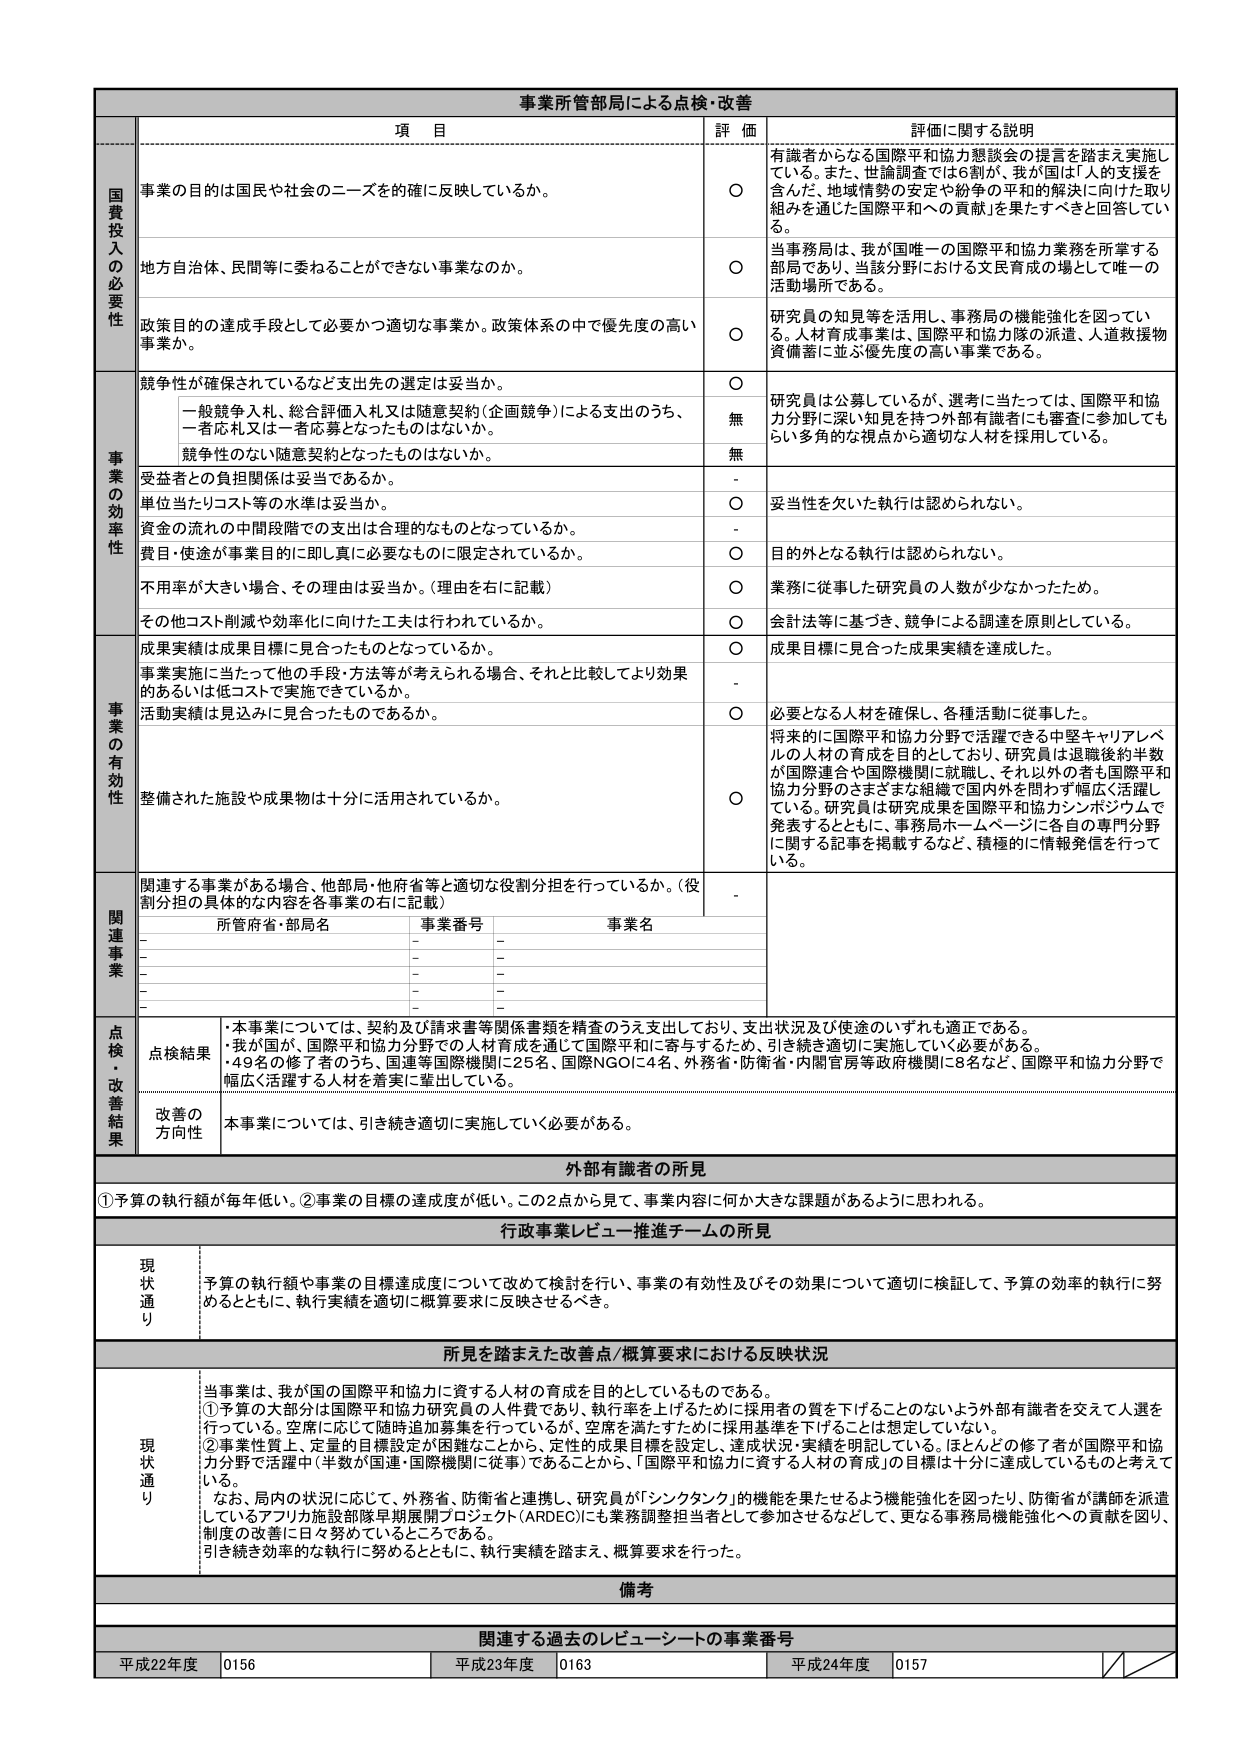
事業所管当局による点検・改善

項 目 評 価 評価に関する説明

国費投入の必要性
事業の目的は国民や社会のニーズを的確に反映しているか。
○ 有識者からなる国際平和協力懇談会の提言を踏まえ実施している。また、世論調査では6割が、我が国は「人の支援を含んだ、地域情勢の安定や紛争の平和的解決に向けた取り組みを通じた国際平和への貢献」を果たすべきと回答している。
地方自治体、民間等に委ねることができない事業なのか。
○ 当事務局は、我が国唯一の国際平和協力業務を所掌する部局であり、当該分野における文民育成の場として唯一の活動場所である。
政策目的の達成手段として必要かつ適切な事業か。政策体系の中で優先度の高い事業か。
○ 研究員の知見等を活用し、事務局の機能強化を図っている。人材育成事業は、国際平和協力隊の派遣、人道救援物資備蓄に並ぶ優先度の高い事業である。

事業の効率性
競争性が確保されているなど支出先の選定は妥当か。
○ 研究員は公募しているが、選考に当たっては、国際平和協力分野に深い知見を持つ外部有識者にも審査に参加してもらい多角的な視点から適切な人材を採用している。
一般競争入札、総合評価入札又は随意契約（企画競争）による支出のうち、一者応札又は一者応募となったものはないか。
無
競争性のない随意契約となったものはないか。
無
受益者との負担関係は妥当であるか。
-
単位当たりコスト等の水準は妥当か。
○ 妥当性を欠いた執行は認められない。
資金の流れの中間段階での支出は合理的なものとなっているか。
-
費目・使途が事業目的に即し真に必要なものに限定されているか。
○ 目的外となる執行は認められない。
不用率が大きい場合、その理由は妥当か。（理由を右に記載）
○ 業務に従事した研究員の人数が少なかったため。
その他コスト削減や効率化に向けた工夫は行われているか。
○ 会計法等に基づき、競争による調達を原則としている。

事業の有効性
成果実績は成果目標に見合ったものとなっているか。
○ 成果目標に見合った成果実績を達成した。
事業実施に当たって他の手段・方法等が考えられる場合、それと比較してより効果的あるいは低コストで実施できているか。
-
活動実績は見込みに見合ったものであるか。
○ 必要となる人材を確保し、各種活動に従事した。
整備された施設や成果物は十分に活用されているか。
○ 将来的に国際平和協力分野で活躍できる中堅キャリアレベルの人材の育成を目的としており、研究員は退職後約半数が国際連合や国際機関に就職し、それ以外の者も国際平和協力分野のさまざまな組織で国内外を問わず幅広く活躍している。研究員は研究成果を国際平和協力シンポジウムで発表するとともに、事務局ホームページに各自の専門分野に関する記事を掲載するなど、積極的に情報発信を行っている。

関連事業
関連する事業がある場合、他部局・他府省等と適切な役割分担を行っているか。（役割分担の具体的な内容を各事業の右に記載）
-
所管府省・部局名 事業番号 事業名
- - -
- - -
- - -
- - -
- - -

点検・改善結果
点検結果
・本事業については、契約及び請求書等関係書類を精査のうえ支出しており、支出状況及び使途のいずれも適正である。
・我が国が、国際平和協力分野での人材育成を通じて国際平和に寄与するため、引き続き適切に実施していく必要がある。
・49名の修了者のうち、国連等国際機関に25名、国際NGOに4名、外務省・防衛省・内閣官房等政府機関に8名など、国際平和協力分野で幅広く活躍する人材を着実に輩出している。
改善の方向性
本事業については、引き続き適切に実施していく必要がある。

外部有識者の所見
①予算の執行額が毎年低い。②事業の目標の達成度が低い。この2点から見て、事業内容に何か大きな課題があるように思われる。

行政事業レビュー推進チームの所見
現状通り
予算の執行額や事業の目標達成度について改めて検討を行い、事業の有効性及びその効果について適切に検証して、予算の効率的執行に努めるとともに、執行実績を適切に概算要求に反映させるべき。

所見を踏まえた改善点/概算要求における反映状況
現状通り
当事業は、我が国の国際平和協力に資する人材の育成を目的としているものである。
①予算の大部分は国際平和協力研究員の人件費であり、執行率を上げるために採用者の質を下げることのないよう外部有識者を交えて人選を行っている。空席に応じて随時追加募集を行っているが、空席を満たすために採用基準を下げることは想定していない。
②事業性質上、定量的目標設定が困難なことから、定性的成果目標を設定し、達成状況・実績を明記している。ほとんどの修了者が国際平和協力分野で活躍中（半数が国連・国際機関に従事）であることから、「国際平和協力に資する人材の育成」の目標は十分に達成しているものと考えている。
なお、局内の状況に応じて、外務省、防衛省と連携し、研究員が「シンクタンク」の機能を果たせるよう機能強化を図ったり、防衛省が講師を派遣しているアフリカ施設部隊早期展開プロジェクト（ARDEO）にも業務調整担当者として参加させるなどして、更なる事務局機能強化への貢献を図り、制度の改善に日々努めているところである。
引き続き効率的な執行に努めるとともに、執行実績を踏まえ、概算要求を行った。

備考

関連する過去のレビューシートの事業番号
平成22年度 0156 平成23年度 0163 平成24年度 0157